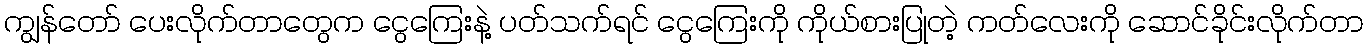
ကျွန်တော် ပေးလိုက်တာတွေက ငွေကြေးနဲ့ ပတ်သက်ရင် ငွေကြေးကို ကိုယ်စားပြုတဲ့ ကတ်လေးကို ဆောင်ခိုင်းလိုက်တာ